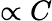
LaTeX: {\propto C}